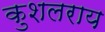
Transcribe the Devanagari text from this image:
कुशलराय